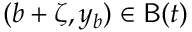
( b + \zeta , y _ { b } ) \in \mathsf { B } ( t )